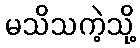
မသိသကဲ့သို့